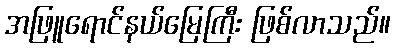
အဖြူရောင်နယ်မြေကြီး ဖြစ်လာသည်။